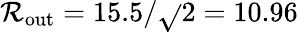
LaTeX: \mathcal{R}_{\mathrm{{out}}}=15.5/\sqrt{}{{2}}=10.96